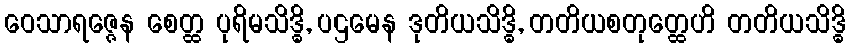
ဝေသာရဇ္ဇေန စေတ္ထ ပုရိမသိဒ္ဓိ, ပဌမေန ဒုတိယသိဒ္ဓိ, တတိယစတုတ္ထေဟိ တတိယသိဒ္ဓိ